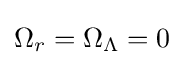
\Omega _{r}=\Omega _{\Lambda }=0